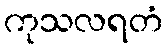
ကုသလရတံ